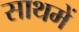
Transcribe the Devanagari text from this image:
साथमें